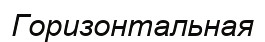
Горизонтальная